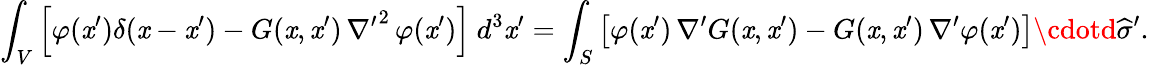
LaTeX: \int_{V}\left[\varphi(\mathit{x}^{\prime})\delta(\mathit{x}-\mathit{x}^{\prime})-G(\mathit{x},\mathit{x}^{\prime})\, {\nabla^{\prime}}^{2}\, \varphi(\mathit{x}^{\prime})\right]\ d^{3}\mathit{x}^{\prime}=\int_{S}\left[\varphi(\mathit{x}^{\prime})\, {\nabla^{\prime}}G(\mathit{x},\mathit{x}^{\prime})-G(\mathit{x},\mathit{x}^{\prime})\, {\nabla^{\prime}}\varphi(\mathit{x}^{\prime})\right]\cdotd{\widehat{{\sigma}}}^{\prime}.